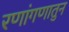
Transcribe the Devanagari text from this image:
रणांगणातुन